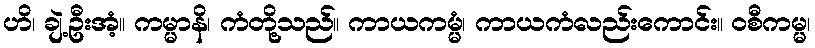
ဟိ၊ ချဲ့ဦးအံ့။ ကမ္မာနိ၊ ကံတို့သည်။ ကာယကမ္မံ၊ ကာယကံလည်းကောင်း။ ဝစီကမ္မ၊